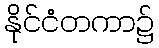
နိုင်ငံတကာ၌